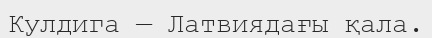
Кулдига — Латвиядағы қала.